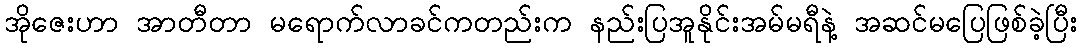
အိုဇေးဟာ အာတီတာ မရောက်လာခင်ကတည်းက နည်းပြအူနိုင်းအမ်မရီနဲ့ အဆင်မပြေဖြစ်ခဲ့ပြီး